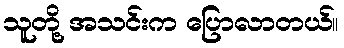
သူတို့ အသင်းက ပြောလာတယ်။